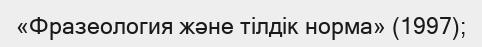
«Фразеология және тілдік норма» (1997);